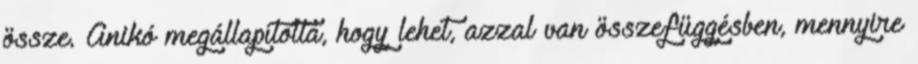
össze. Anikó megállapította, hogy lehet, azzal van összefüggésben, mennyire